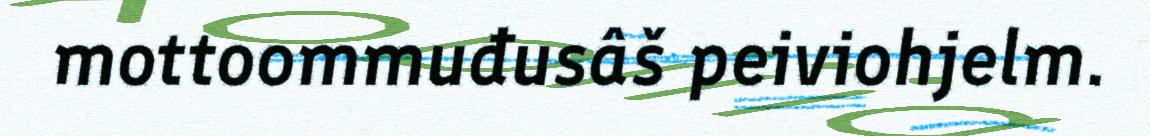
mottoommuđusâš peiviohjelm.